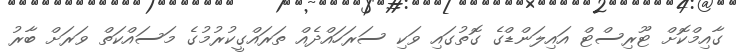
ގާއިމްކޮށް ޓޫރިސްޓް އައިލަންޑްގެ ގޮތުގައި ވަކި ސަރަހައްދެއް ތަރައްގީކުރުމުގެ މަސައްކަތް ވަރަށް ބާރު